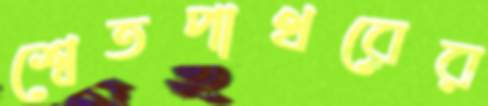
শ্বেতপাথরের